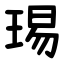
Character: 㻛